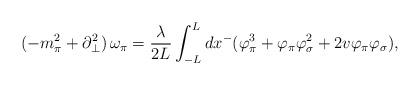
LaTeX: \begin{align*}(-m_{\pi}^2+\partial_{\bot}^2)\, \omega_{\pi}=\frac{\lambda}{2L}\int_{-L}^{L}dx^-(\varphi_{\pi}^3+\varphi_{\pi}\varphi_{\sigma}^2+2v\varphi_{\pi}\varphi_{\sigma}),\end{align*}